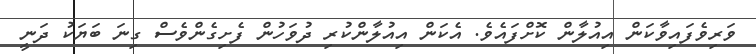
ވަރިވެފައިވާކަން އިއުލާން ކޮށްފައެވެ. އެކަން އިއުލާންކުރި ދުވަހުން ފެށިގެންވެސް ގިނަ ބަޔަކު ދަނީ